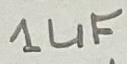
Text: 1µF